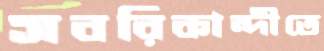
সবরিকান্দীতে